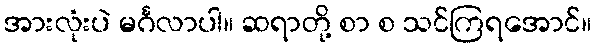
အားလုံးပဲ မင်္ဂလာပါ။ ဆရာတို့ စာ စ သင်ကြရအောင်။